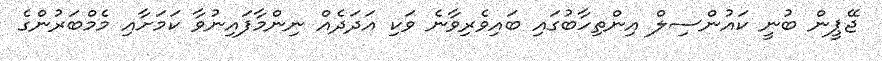
ޖޭޕީން ބުނީ ކައުންސިލް އިންތިހާބުގައި ބައިވެރިވާނެ ވަކި އަދަދެއް ނިންމާފައިނުވާ ކަމަށާއި މެމްބަރުންގެ